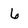
Character: 6